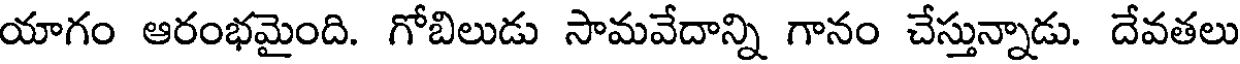
యాగం ఆరంభమైంది. గోబిలుడు సామవేదాన్ని గానం చేస్తున్నాడు. దేవతలు